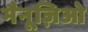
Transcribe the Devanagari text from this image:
मैनूज़िओ